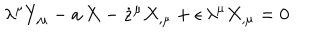
\lambda ^ { \mu } Y _ { , \mu } - a \, X - \dot { z } ^ { \mu } X _ { , \mu } + \epsilon \, \lambda ^ { \mu } X _ { , \mu } = 0